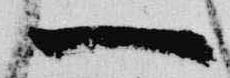
一